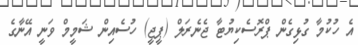
އެ ހުކުމާ ގުޅިގެން ޕްރޮސެކިޔުޓާ ޖެނެރަލް (ޕީޖީ) ހުސެއިން ޝަމީމް ވަނީ އޭނާގެ